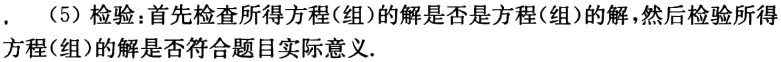
（5）检验：首先检查所得方程(组)的解是否是方程(组)的解，然后检验所得方程(组)的解是否符合题目实际意义.